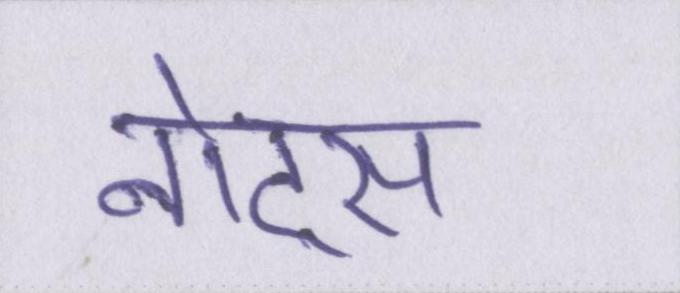
नोट्स